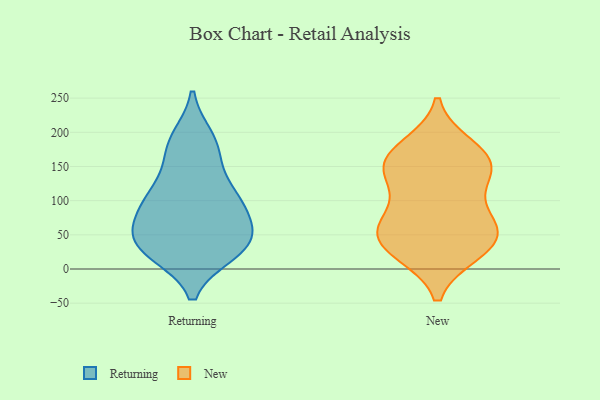
{"axis": {"x": "Demand Index", "y": "Value"}, "legend": ["New", "Returning"], "data": [{"x": "", "y": 39, "type": "Returning"}, {"x": "", "y": 95, "type": "Returning"}, {"x": "", "y": 29, "type": "Returning"}, {"x": "", "y": 27, "type": "Returning"}, {"x": "", "y": 182, "type": "Returning"}, {"x": "", "y": 101, "type": "Returning"}, {"x": "", "y": 104, "type": "Returning"}, {"x": "", "y": 61, "type": "Returning"}, {"x": "", "y": 45, "type": "Returning"}, {"x": "", "y": 113, "type": "Returning"}, {"x": "", "y": 24, "type": "Returning"}, {"x": "", "y": 191, "type": "Returning"}, {"x": "", "y": 160, "type": "Returning"}, {"x": "", "y": 64, "type": "Returning"}, {"x": "", "y": 36, "type": "New"}, {"x": "", "y": 59, "type": "New"}, {"x": "", "y": 158, "type": "New"}, {"x": "", "y": 29, "type": "New"}, {"x": "", "y": 128, "type": "New"}, {"x": "", "y": 26, "type": "New"}, {"x": "", "y": 52, "type": "New"}, {"x": "", "y": 76, "type": "New"}, {"x": "", "y": 68, "type": "New"}, {"x": "", "y": 165, "type": "New"}, {"x": "", "y": 145, "type": "New"}, {"x": "", "y": 145, "type": "New"}, {"x": "", "y": 178, "type": "New"}]}